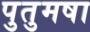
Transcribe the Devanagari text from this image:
पुतुमषा